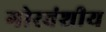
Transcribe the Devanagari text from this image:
गोरवंशीय